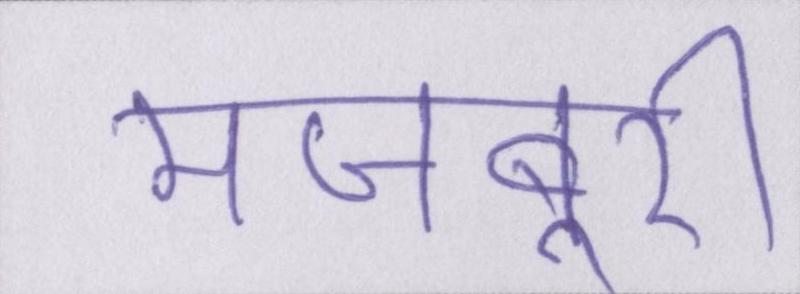
मजबूरी